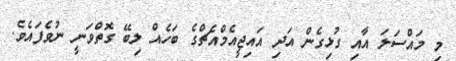
މި މައްސަލަ އާއި ގުޅިގެން އަދި އައިޖީއެމްއެޗްގެ ބަހެއް ލިބޭ ގޮތްވަނީ ނުވެފައެވެ.